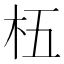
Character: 𬂡